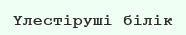
Үлестіруші білік